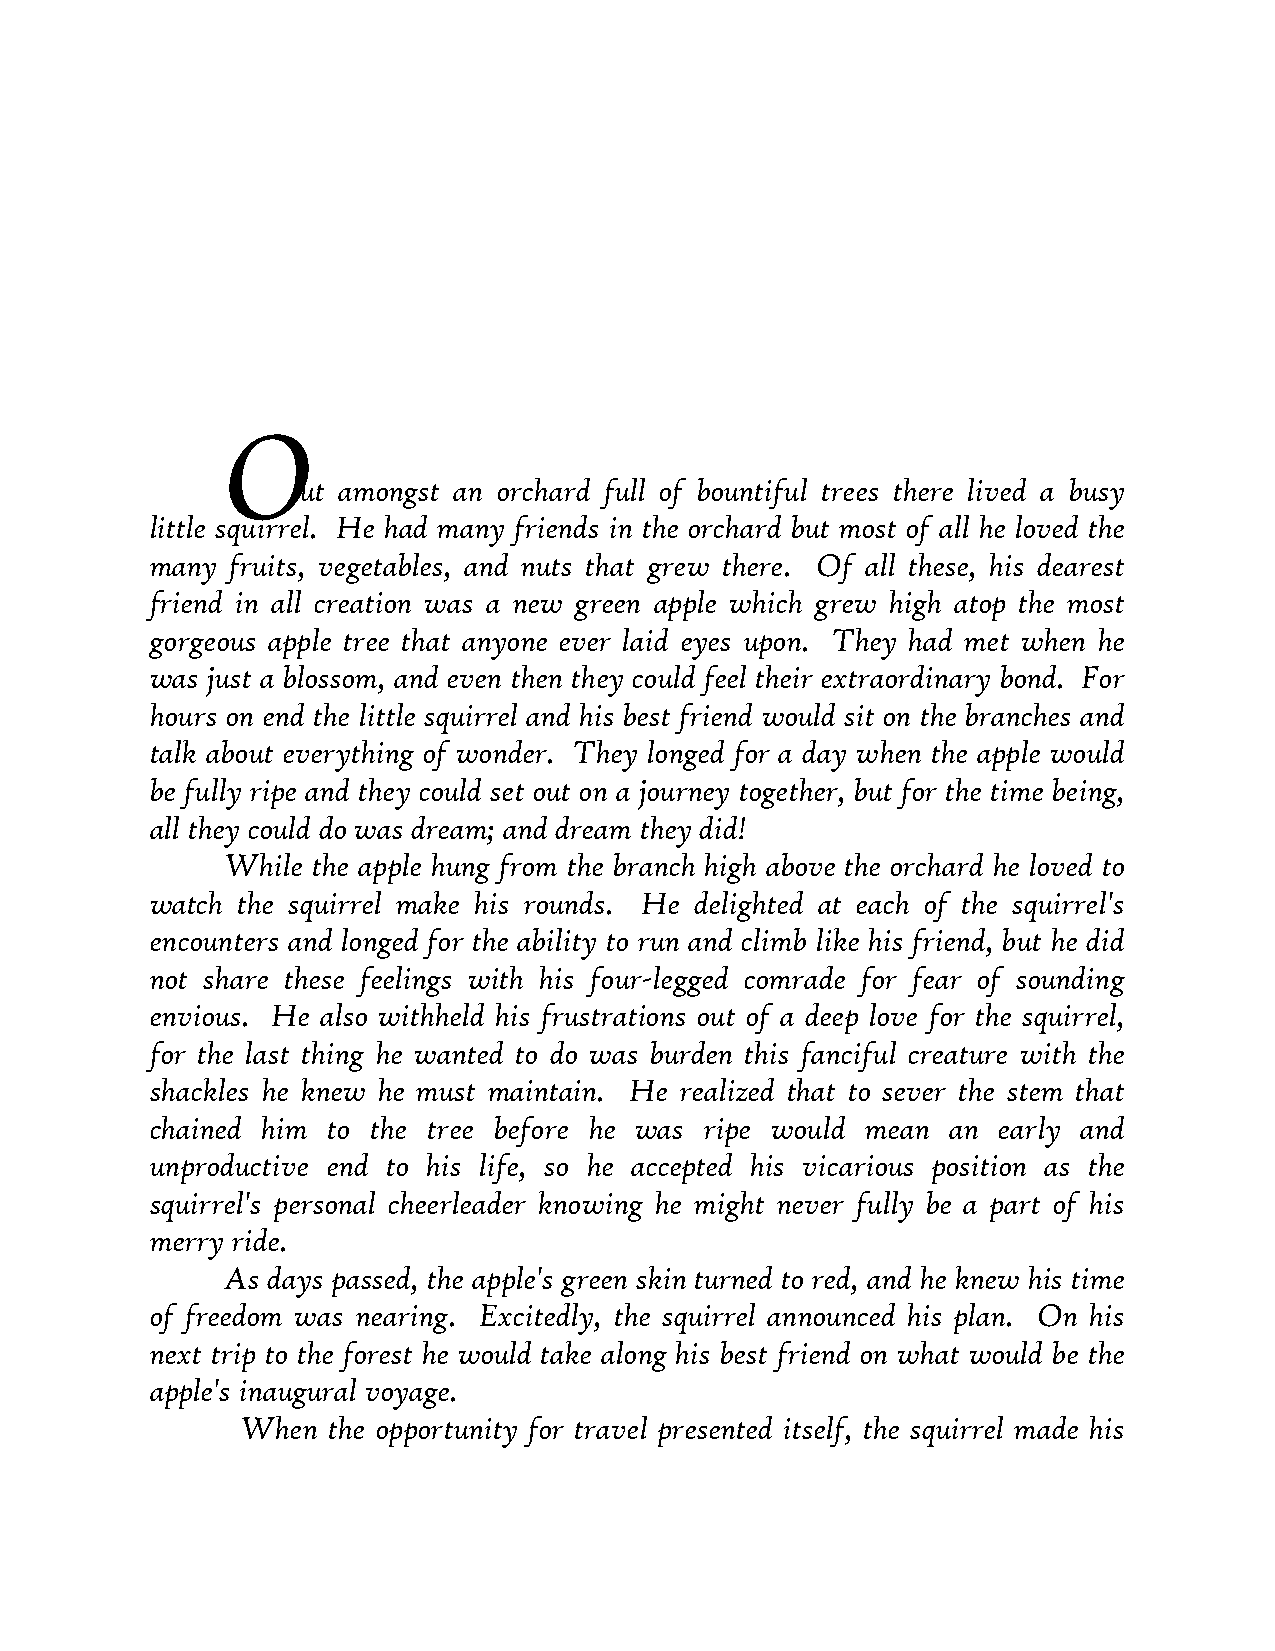
O
 ut amongst an orchard full of bountiful trees there lived a busy
 little squirrel. He had many friends in the orchard but most of all he loved the
 many fruits, vegetables, and nuts that grew there. Of all these, his dearest
 friend in all creation was a new green apple which grew high atop the most
 gorgeous apple tree that anyone ever laid eyes upon. They had met when he
 was just a blossom, and even then they could feel their extraordinary bond. For
 hours on end the little squirrel and his best friend would sit on the branches and
 talk about everything of wonder. They longed for a day when the apple would
 be fully ripe and they could set out on a journey together, but for the time being,
 all they could do was dream; and dream they did!
 While the apple hung from the branch high above the orchard he loved to
 watch the squirrel make his rounds. He delighted at each of the squirrel's
 encounters and longed for the ability to run and climb like his friend, but he did
 not share these feelings with his four-legged comrade for fear of sounding
 envious. He also withheld his frustrations out of a deep love for the squirrel,
 for the last thing he wanted to do was burden this fanciful creature with the
 shackles he knew he must maintain. He realized that to sever the stem that
 chained him to the tree before he was ripe would mean an early and
 unproductive end to his life, so he accepted his vicarious position as the
 squirrel's personal cheerleader knowing he might never fully be a part of his
 merry ride.
 As days passed, the apple's green skin turned to red, and he knew his time
 of freedom was nearing. Excitedly, the squirrel announced his plan. On his
 next trip to the forest he would take along his best friend on what would be the
 apple's inaugural voyage.
 When  the opportunity for travel presented itself, the squirrel made his